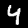
Digit: 4